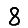
Digit: 8